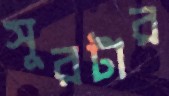
সুরটার